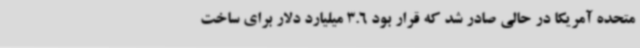
متحده آمریکا در حالی صادر شد که قرار بود 3.6 میلیارد دلار برای ساخت